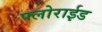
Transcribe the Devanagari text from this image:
फ्लोराईड